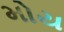
મોય